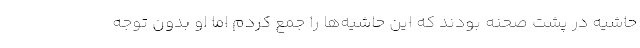
حاشیه در پشت صحنه بودند که این حاشیه‌ها را جمع کردم اما او بدون توجه